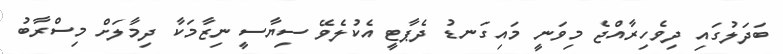
ބަދަލުގައި ދިވެހިރާއްޖެ މިވަނީ މައިގަނޑު ދެޕާޓީ އެކުލެވޭ ސިޔާސީ ނިޒާމަކާ ދިމާލަށް މިސްރާބު